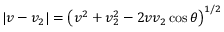
| v - v _ { 2 } | = \left( v ^ { 2 } + v _ { 2 } ^ { 2 } - 2 v v _ { 2 } \cos \theta \right) ^ { 1 / 2 }